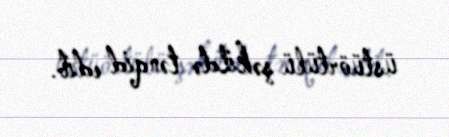
üstüörtülü şəkildə tənqid edib.